Report of an investigation into the causes of malaria in Bombay and the measures necessary for its control
Disease focus: Malaria
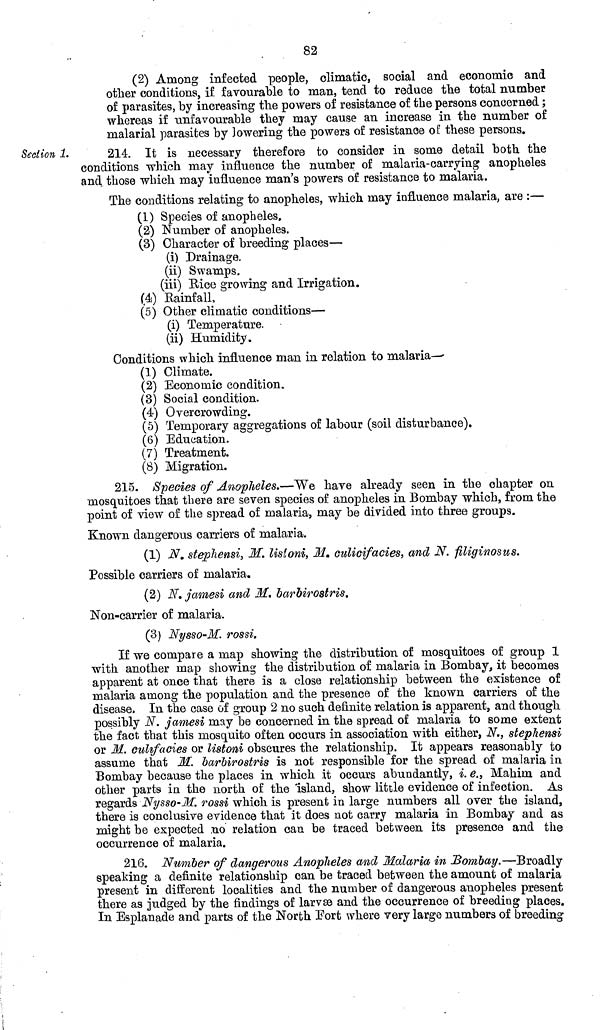
82
(2) Among infected people, climatic, social and economic and
other conditions, if favourable to man, tend to reduce the total number
of parasites, by increasing the powers of resistance of the persons concerned ;
whereas if unfavourable they may cause an increase in the number of
malarial parasites by lowering the powers of resistance of these persons.
Section 1.
214. It is necessary therefore to consider in some detail both the
conditions which may influence the number of malaria-carrying anopheles
and. those which may influence man's powers of resistance to malaria.
The conditions relating to anopheles, which may influence malaria, are :—
(1) Species of anopheles,
(2) Number of anopheles.
(3) Character of breeding places—
(i) Drainage.
(ii) Swamps.
(iii) Hice growing and Irrigation,
(4) Rainfall
(5) Other climatic conditions—
(i) Temperature.
(ii) Humidity.
Conditions which influence man in relation to malaria—
(1) Climate.
(2) Economic condition.
(3) Social condition.
(4) Overcrowding.
(5) Temporary aggregations of labour (soil disturbance).
(6) Education.
(7) Treatment.
(8) Migration.
215. Species of Anopheles.—We have already seen in the chapter on
mosquitoes that there are seven species of anopheles in Bombay which, from the
point of view of the spread of malaria, may be divided into three groups.
Known dangerous carriers of malaria.
(1) N. stephensi, M. listoni, M. culicifacies, and N. filiginosus.
Possible carriers of malaria.
(2) N. jamesi and M. barbirostris.
Non-carrier of malaria.
(3) Nysso-M. rossi.
If we compare a map showing the distribution of mosquitoes of group 1
with another map showing the distribution of malaria in Bombay, it becomes
apparent at once that there is a close relationship between the existence of
malaria among the population and the presence of the known carriers of the
disease. In the case of group 2 no such definite relation is apparent, and though
possibly N. jamesi may be concerned in the spread of malaria to some extent
the fact that this mosquito often occurs in association with either, N., stephensi
or M. culifacies or listoni obscures the relationship. It appears reasonably to
assume that M. barbirostris is not responsible for the spread of malaria in
Bombay because the places in which it occurs abundantly, i. e., Mahim and
other parts in the north of the island, show little evidence of infection. As
regards Nysso-M. rossi which is present in large numbers all over the island,
there is conclusive evidence that it does not carry malaria in Bombay and as
might be expected no relation can be traced between its presence and the
occurrence of malaria.
216. Number of dangerous Anopheles and Malaria in Bombay.—Broadly
speaking a definite relationship can be traced between the amount of malaria
present in different localities and the number of dangerous anopheles present
there as judged by the findings of larvæ and the occurrence of breeding places.
In Esplanade and parts of the North Fort where very large numbers of breeding